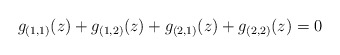
\begin{align*}g_{(1,1)}(z)+g_{(1,2)}(z)+g_{(2,1)}(z)+g_{(2,2)}(z)=0\end{align*}